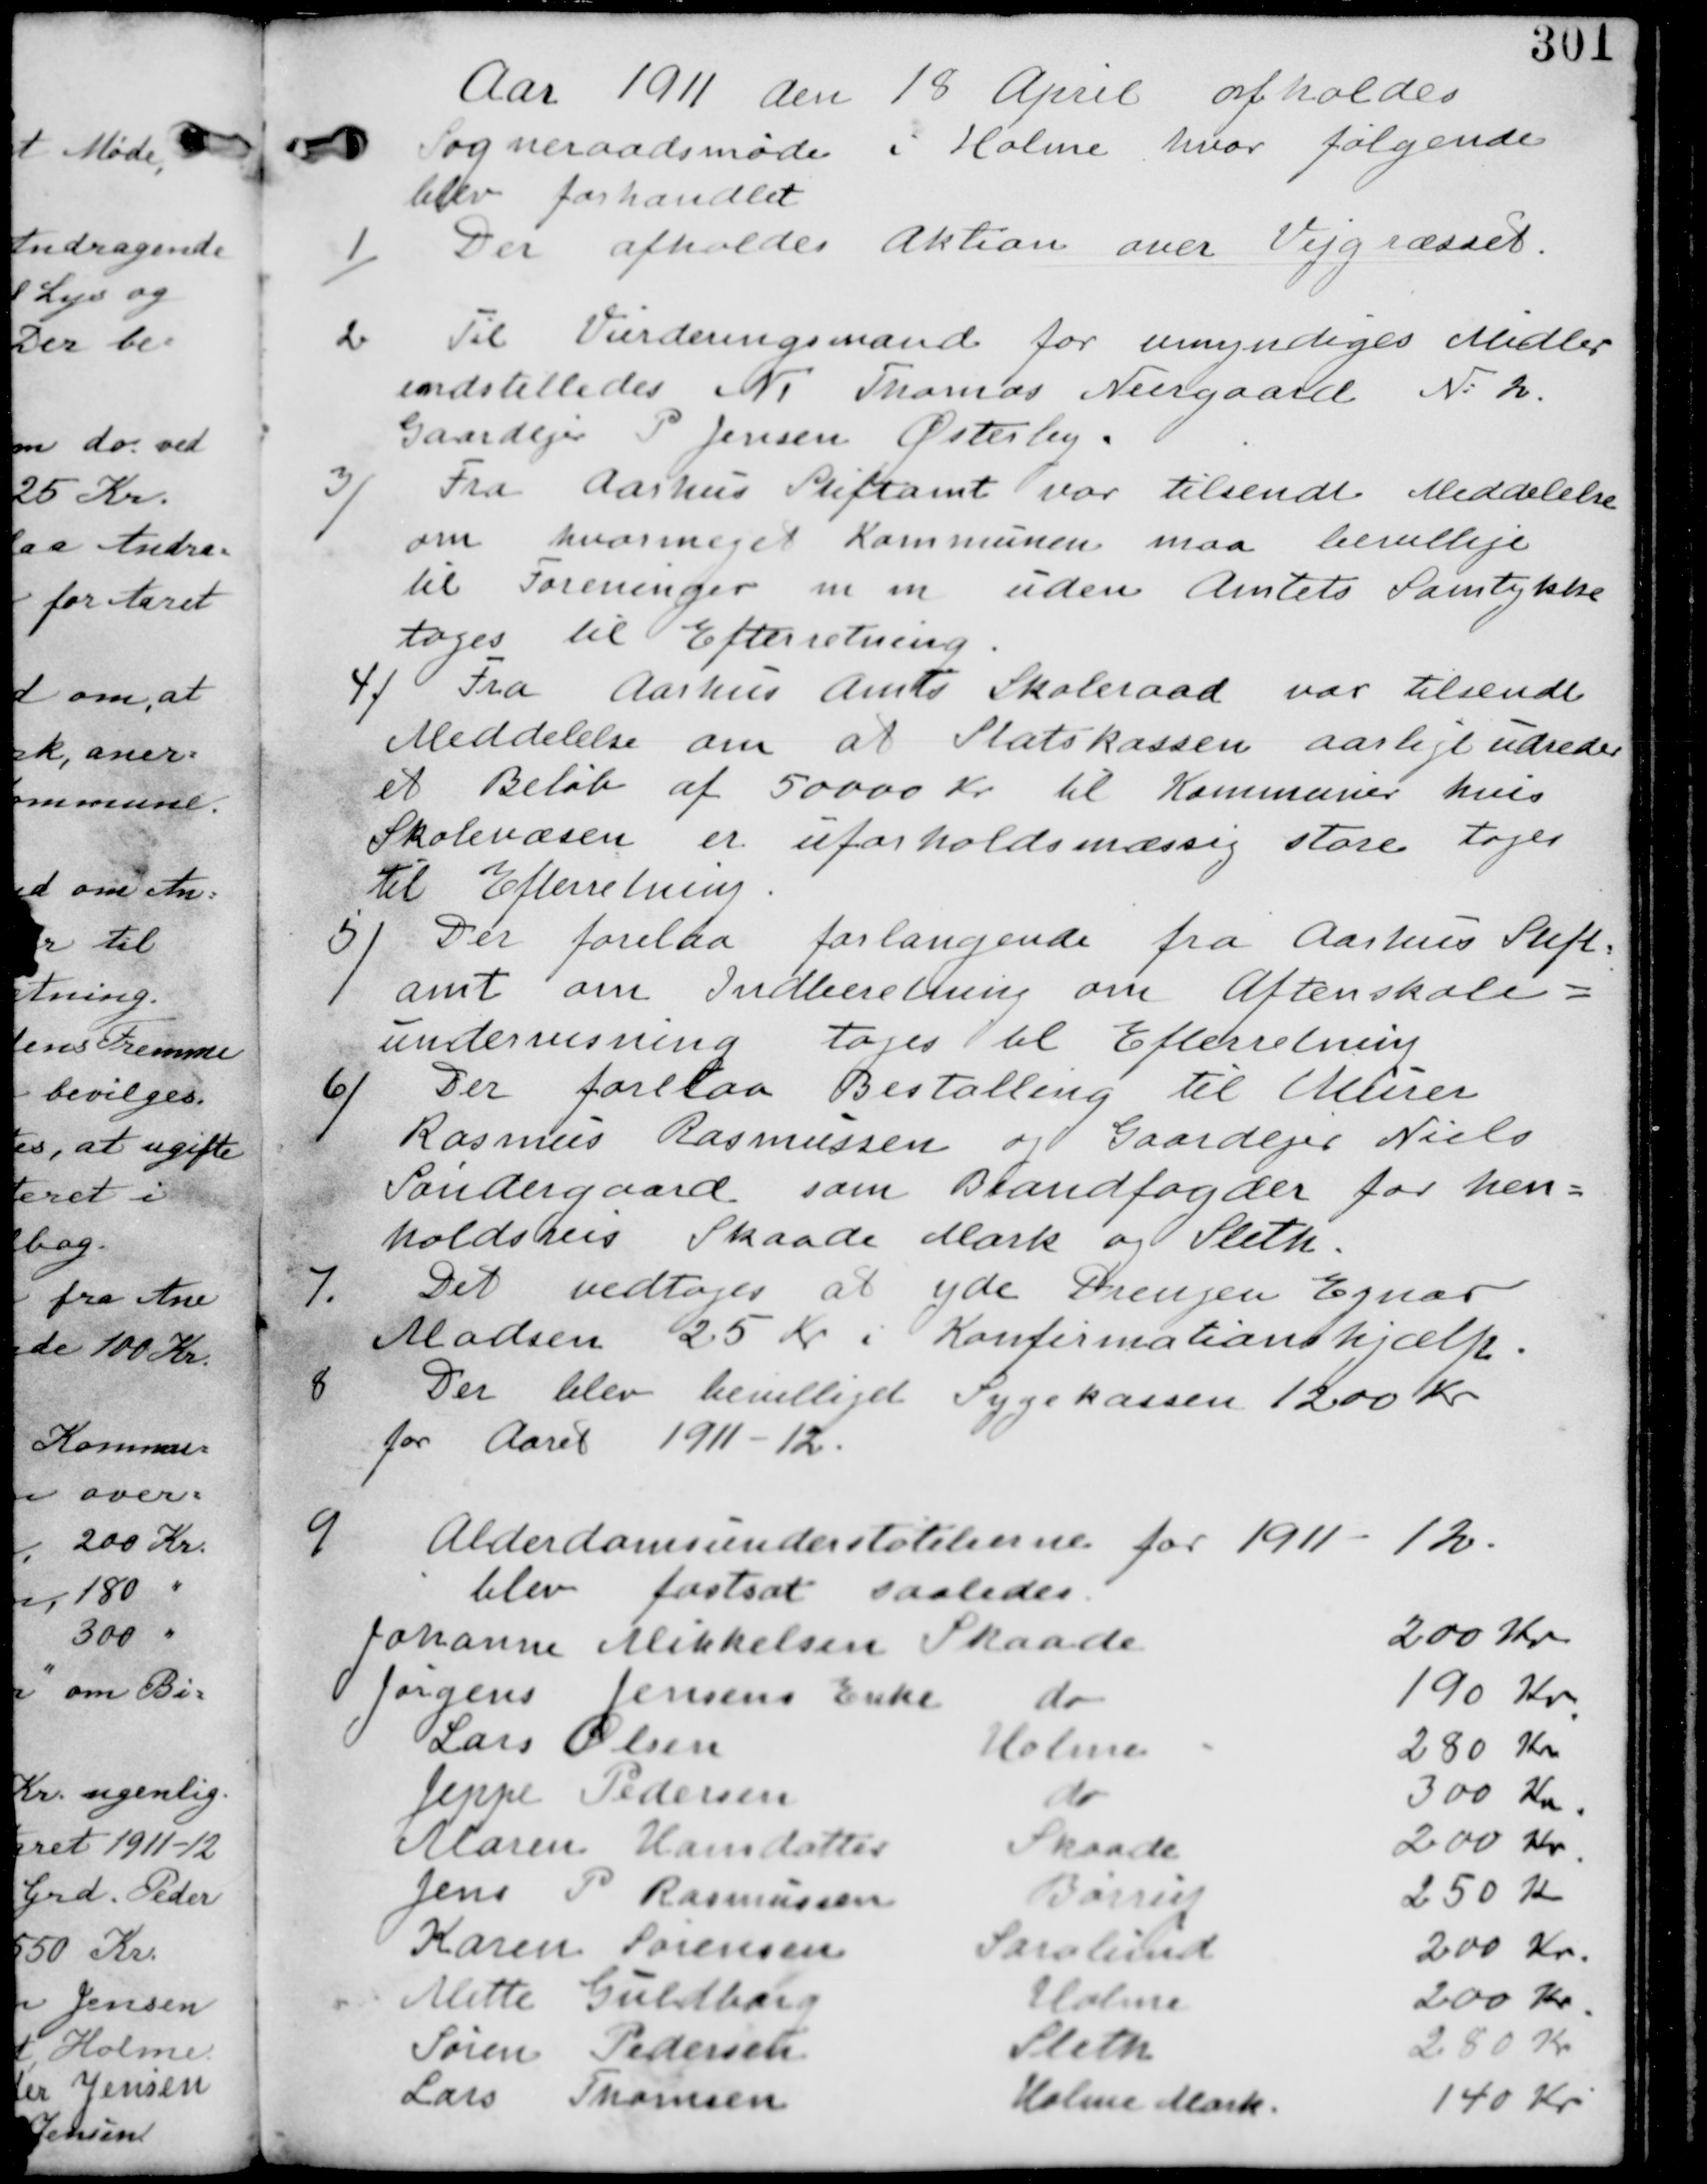
Transskription:
Aar 1911 den 18 April afholdes
Sogneraadsmøde i Holme hvor følgende
blev forhandlet

1/
Der afholdes Aktion over Vejgræsset

2
Til Vurderingsmand for umyndiges Midler
indstilledes N: 1 Thomas Neergaard N: 2
Gaardejer P Jensen Østerby.

3/
Fra Aarhus Stiftamt var tilsendt Meddelelse
om hvormeget Kommunen maa bevillige
til Foreninger m m uden Amtets Samtykke
tages til Efterretning.

4/ Fra Aarhus Skoleraad var tilsendt
Meddelelse om at Statskassen aarligt udreder
et beløb af 50000 Kr til Kommuner hvis
Skolevæsen er forholdsvis store tages
til Efterretning.

5/ Der forelaa forlangende fra Aarhus Stift-
amt om Indberetning om Aftenskolernes
Undervisning tages til Efterretning

Der forelaa Bestalling til Murer
Rasmus Rasmussen og Gaardejer Niels
Søndergaard om Brandfogder for hen-
holdsvis Skaade og Sleth.

7. Det vedtages at yde Drengen Ejnar
Madsen 25 Kr i Konfirmationshjælp

8 Der blev bevilliget Sygekassen 1200 Kr
for Aaret 1911-12.

9/
 Alderdomsunderstøtilierne for Aaret 1911-12
blev fastsat saaledes
Johanne Mikkelsen Skaade 200 Kr.
Jørgen Jensens Enke do 190 Kr.
Lars Olsen Holme 280 Kr
Jeppe Pedersen do 300 Kr.
Maren Hansdatter Skaade 200 Kr.
Jens P Rasmussen Børrup 250 Kr
Karen Sørensen Saralund 200 Kr.
Mette Guldborg Holme 200 Kr.
Søren Pedersen Sleth 280 Kr
Lars Thomsem Holme Mark 140 Kr.